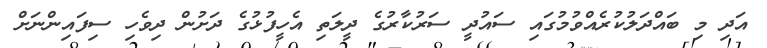
އަދި މި ބައްދަލުކުރެއްވުމުގައި ސައުދީ ސަރުކާރުގެ ދީލަތި އެހީފުޅުގެ ދަށުން ދިވެހި ސިފައިންނަށް